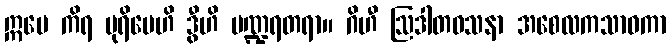
ဣမေ ကိရ ပုရိမေဟိ ဒွီဟိ ပဏ္ဍရတရာ။ ဂိဟီ ဩဒါတဝသနာ အစေလကသာဝကာ